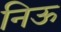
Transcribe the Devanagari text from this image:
निऊ